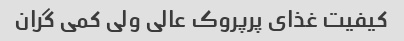
کیفیت غذای پرپروک عالی ولی کمی گران